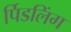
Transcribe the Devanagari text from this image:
र्पिडलिंग